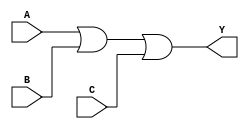
module comb_or_gate(
    input A,
    input B,
    input C,
    output Y
);

assign Y = A | B | C;

endmodule